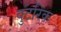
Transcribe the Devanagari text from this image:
वुटरिक